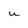
Character: u